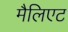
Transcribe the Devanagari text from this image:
मैलिएट